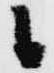
候